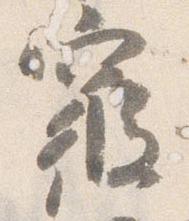
寝